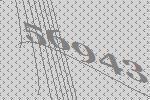
56943